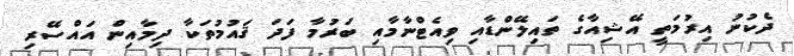
ދެކުނު އިރުމަތީ އޭޝިއާގެ ތައިލޭންޑާއި ވިއެޓްނާމާއި ބަރުމާ ފަދަ ޤައުމުތަކާ ދިމާއިން އައްސޭރި